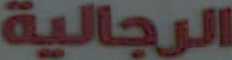
الرجالية